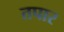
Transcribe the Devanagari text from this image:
तपार